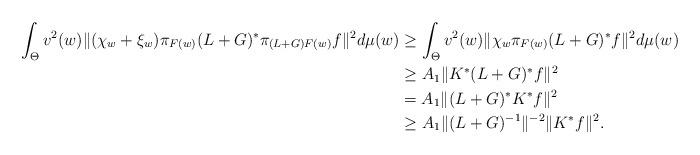
LaTeX: \begin{align*}\int_{\Theta}v^{2}(w)\|(\chi_{w}+\xi_{w})\pi_{F(w)}(L+G)^{\ast}\pi_{(L+G)F(w)}f\|^{2}d\mu(w)&\geq \int_{\Theta}v^{2}(w)\|\chi_{w}\pi_{F(w)}(L+G)^{\ast}f\|^{2}d\mu(w)\\&\geq A_{1}\|K^{\ast}(L+G)^{\ast}f\|^{2}\\&=A_{1}\|(L+G)^{\ast}K^{\ast}f\|^{2}\\&\geq A_{1}\|(L+G)^{-1}\|^{-2}\|K^{\ast}f\|^{2}.\end{align*}